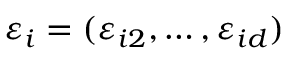
\boldsymbol { \varepsilon } _ { i } = ( \varepsilon _ { i 2 } , \dots , \varepsilon _ { i d } )